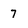
Character: 7